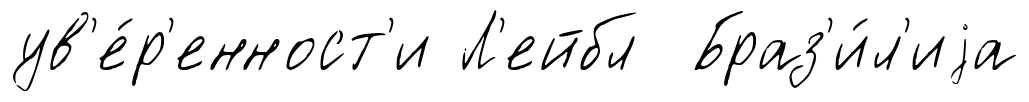
ув'е́р'енност'и Л'ейбл Браз'и́л'иjа